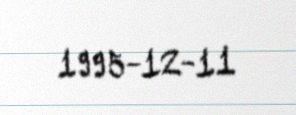
1995-12-11